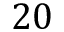
2 0